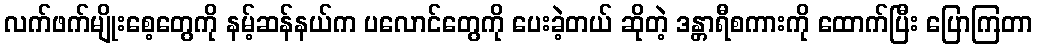
လက်ဖက်မျိုးစေ့တွေကို နမ့်ဆန်နယ်က ပလောင်တွေကို ပေးခဲ့တယ် ဆိုတဲ့ ဒန္တာရီစကားကို ထောက်ပြီး ပြောကြတာ